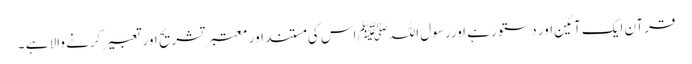
قرآن ایک آئین اور دستور ہے اورر سول اللہﷺ اس کی مستند اور معتبر تشریح اور تعبیر کرنے والا ہے ­۔